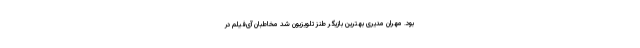
بود. مهران مدیری بهترین بازیگر طنز تلویزیون شد مخاطبان آی‌فیلم در